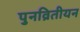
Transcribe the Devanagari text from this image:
पुनव्रितीयन